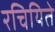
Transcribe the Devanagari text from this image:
रचियिते